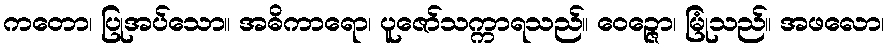
ကတော၊ ပြုအပ်သော။ အဓိကာရော၊ ပူဇော်သက္ကာရသည်။ ဝေဉ္ဇော၊ မြုံသည်။ အဖလော၊